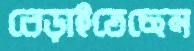
বেড়াইতেছেন